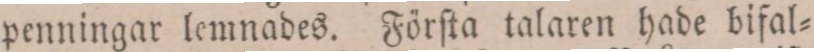
penningar lemnades. Förſta talaren hade bifal=